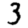
Digit: 3